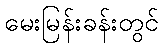
မေးမြန်းခန်းတွင်